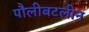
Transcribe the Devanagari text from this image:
पौलीबटलीन